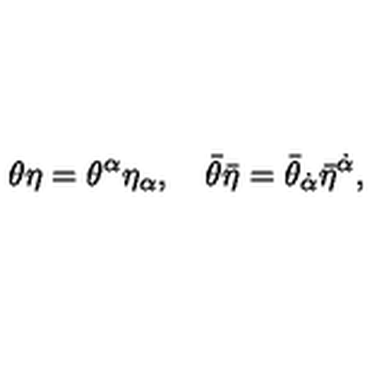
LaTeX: \theta \eta = \theta ^ { \alpha } \eta _ { \alpha } , \quad \bar { \theta } \bar { \eta } = \bar { \theta } _ { \dot { \alpha } } \bar { \eta } ^ { \dot { \alpha } } ,